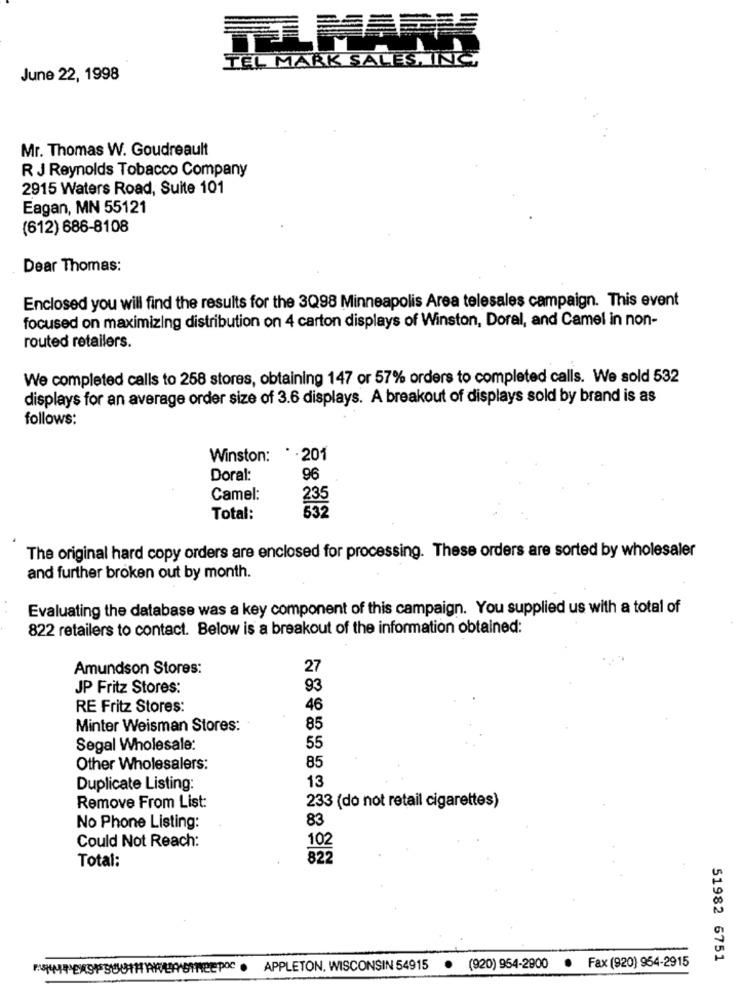
TEL MARK SALES, INC
June 22, 1998
Mr. Thomas W. Goudreault
R J Reynolds Tobacco Company
2915 Waters Road, Suite 101
Eagan, MN 55121
(612) 686-8108
Dear Thomas:
Enclosed you will find the results for the 3Q98 Minneapolis Area telesales campaign. This event
focused on maximizing distribution on 4 carton displays of Winston, Doral, and Camel in non-
routed retailers.
We completed calls to 258 stores, obtaining 147 or 57% orders to completed calls. We sold 532
displays for an average order size of 3.6 displays. A breakout of displays sold by brand is as
follows:
Winston:
*. 201
Doral:
96
Camel:
235
Total:
The original hard copy orders are enclosed for processing. These orders are sorted by wholesaler
and further broken out by month.
Evaluating the database was a key component of this campaign. You supplied us with a total of
822 retailers to contact. Below is a breakout of the information obtained:
Amundson Stores:
27
JP Fritz Stores:
93
RE Fritz Stores:
46
Minter Weisman Stores:
85
Segal Wholesale:
55
Other Wholesalers:
85
Duplicate Listing:
13
233 (do not retail cigarettes)
Remove From List:
83
No Phone Listing:
Could Not Reach:
102
Total:
822
51982 6751
POPPERSPUOIHARERSTEepoc . APPLETON, WISCONSIN 54915
. (920) 954-2900
.
Fax (920) 954-2915